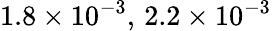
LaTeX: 1.8\times 10^{-3},\, 2.2\times 10^{-3}